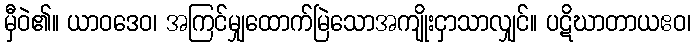
မှီဝဲ၏။ ယာဝဒေဝ၊ အကြင်မျှထောက်မြဲသောအကျိုးငှာသာလျှင်။ ပဋိဃာတာယဧဝ၊